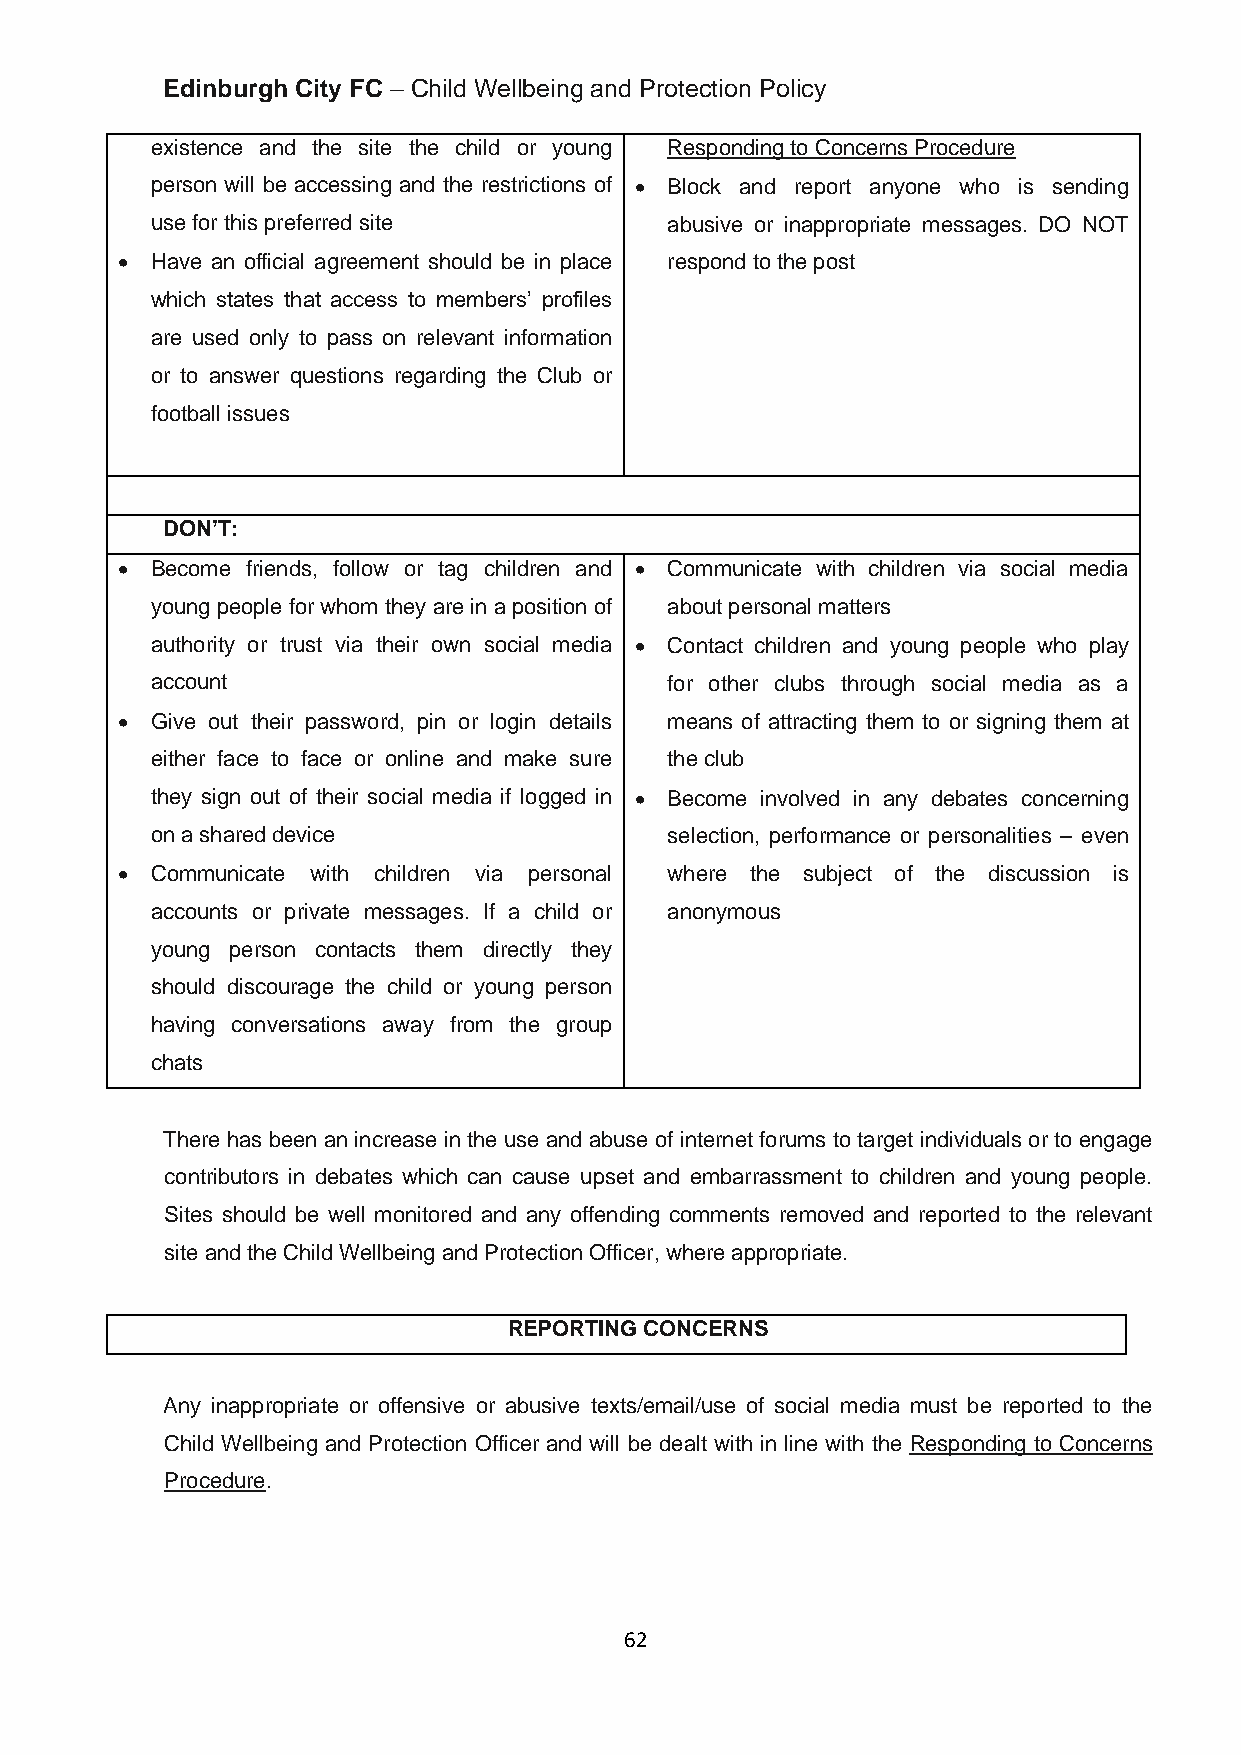
Edinburgh City FC – Child Wellbeing and Protection Policy
 existence and the site the child or young Responding to Concerns Procedure
 person will be accessing and the restrictions of • Block and report anyone who is sending
 use for this preferred site       abusive or inappropriate messages. DO NOT
 • Have an official agreement should be in place respond to the post
 which states that access to members’ profiles
 are used only to pass on relevant information
 or to answer questions regarding the Club or
 football issues
 DON’T:
 • Become friends, follow or tag children and • Communicate with children via social media
 young people for whom they are in a position of about personal matters
 authority or trust via their own social media • Contact children and young people who play
 account                           for other clubs through social media as a
 • Give out their password, pin or login details means of attracting them to or signing them at
 either face to face or online and make sure the club
 they sign out of their social media if logged in • Become involved in any debates concerning
 on a shared device                selection, performance or personalities – even
 • Communicate with children via personal where the subject of the discussion is
 accounts or private messages. If a child or anonymous
 young person contacts them directly they
 should discourage the child or young person
 having conversations away from the group
 chats
 There has been an increase in the use and abuse of internet forums to target individuals or to engage
 contributors in debates which can cause upset and embarrassment to children and young people.
 Sites should be well monitored and any offending comments removed and reported to the relevant
 site and the Child Wellbeing and Protection Officer, where appropriate.
 REPORTING CONCERNS
 Any inappropriate or offensive or abusive texts/email/use of social media must be reported to the
 Child Wellbeing and Protection Officer and will be dealt with in line with the Responding to Concerns
 Procedure.
 62